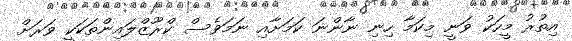
އިތުރު މީހަކު ވަނީ މިކަމާ ހިނި ނާންނަ ކަމަށާއި ނަމަވެސް ކްރޫޒްލައިންތަކަކީ ވަރަށް